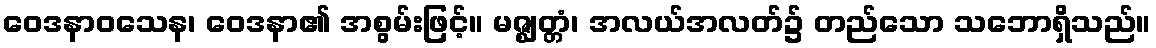
ဝေဒနာဝသေန၊ ဝေဒနာ၏ အစွမ်းဖြင့်။ မဇ္ဈတ္တံ၊ အလယ်အလတ်၌ တည်သော သဘောရှိသည်။